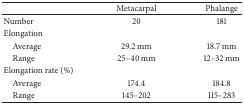
|  | Metacarpal | Phalange |
 | --- | --- | --- |
 | Number | 20 | 181 |
 | Elongation |  |  |
 | Average | 29.2 mm | 18.7 mm |
 | Range | 25–40 mm | 12–32 mm |
 | Elongation rate (%) |  |  |
 | Average | 174.4 | 184.8 |
 | Range | 145–202 | 115–283 |